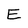
Character: E